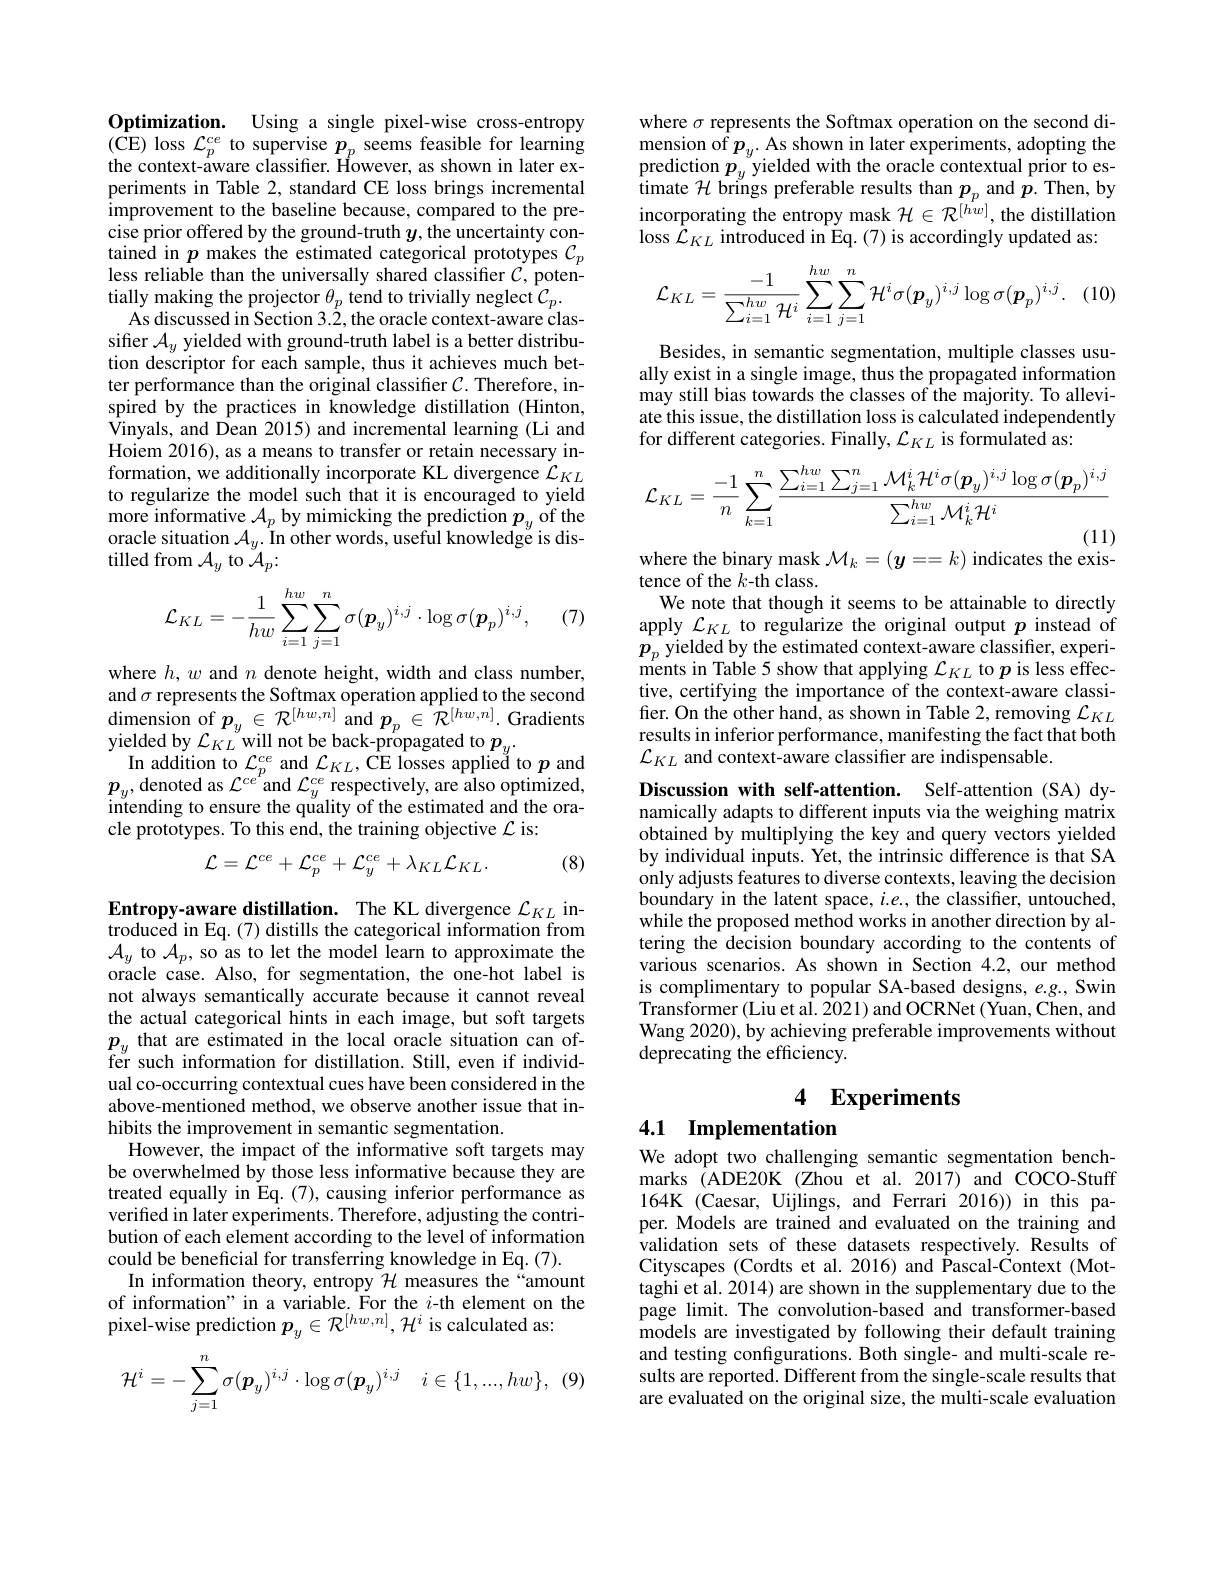
Optimization. Using a single pixel-wise cross-entropy $\begin{array}{l}(\mathrm{CE)~loss~}\mathcal{L}_{p}^{ce}\text{ to supervise }p_{p}\text{ seems feasible for learning}\\\text{the context-aware classifier. However, as shown in later ex-}\end{array}$ periments in Table 2, standard CE loss brings incremental improvement to the baseline because, compared to the precise prior offered by the ground-truth $y$,the uncertainty con-tained inakes the estimated categorical prototypes $\mathcal{C}_p$ less reliable than the universally shared classifier $C$, potentially making the projector $\theta_p$ tend to trivially neglect $\mathcal{C}_p.$
As discussed in Section 3.2,the oracle context-aware classifier $\mathcal{A}_y$ yielded with ground-truth label is a better distribution descriptor for each sample, thus it achieves much better performance than the original classifier $\mathcal{C}.$ Therefore, inspired by the practices in knowledge distillation (Hinton, $\hat{\text{Vinyals, and Dean 2015) and incremental learning (Li and}}$ Hoiem 2016), as a means to transfer or retain necessary information, we additionally incorporate KL divergence $\tilde{\mathcal{L}}_{KL}$ to regularize the model such that it is encouraged to yield $\begin{array}{l}{\mathrm{more~informative~}\mathcal{A}_p\text{ by mimicking the prediction }p_y\text{ of the}}\\{\mathrm{oracle~situation~}\mathcal{A}_y.\text{ In other words, useful knowledge is dis-}}\end{array}$ tilled from $\mathcal{A}_y$ to $\mathcal{A}_p\colon$

(7)
$$\mathcal{L}_{KL}=-\frac{1}{hw}\sum_{i=1}^{hw}\sum_{j=1}^{n}\sigma(\boldsymbol{p}_{y})^{i,j}\cdot\log\sigma(\boldsymbol{p}_{p})^{i,j},$$
where $h,w$ and $n$ denote height, width and class number, and $\sigma$ represents the Softmax operation applied to the second $\begin{array}{l}{\mathrm{dimension~of~}p_{y}\in\mathcal{R}^{[hw,n]}\mathrm{~and~}p_{p}\in\mathcal{R}^{[hw,n]}.\mathrm{~Gradients}}\\{\mathrm{yielded~by~}\mathcal{L}_{KL}\mathrm{~will~not~be~back-propagated~to~}p_{y}.}\end{array}$
In addition to $\mathcal{L}_p^{ce}$ and $\mathcal{L}_KL$, CE losses applied to $p$ and $\boldsymbol{p}_{y}$,denoted as $\mathcal{L}^{ce^{r}}$and $\mathcal{L}_y^{ce}$ respectively, are also optimized, intending to ensure the quality of the estimated and the oracle prototypes. To this end, the training objective $\mathcal{L}$ is:
$$\mathcal{L}=\mathcal{L}^{ce}+\mathcal{L}_{p}^{ce}+\mathcal{L}_{y}^{ce}+\lambda_{KL}\mathcal{L}_{KL}.$$
(8)

Entropy-aware distillation. The KL divergence $\mathcal{L}_{KL}$ introduced in Eq.(7) distills the categorical information from $\begin{array}{l}{\mathcal{A}_{y}\text{ to }\mathcal{A}_{p},\text{so as to let the model learn to approximate the}}\\{\mathrm{oracle~case.~Also,~for~segmentation,~the~one-hot~label~is}}\end{array}$ not always semantically accurate because it cannot reveal the actual categorical hints in each image, but soft targets $\begin{array}{l}p_y&\text{that are estimated in the local oracle situation can of-}\\\text{fer such information for distillation. Still, even if individ-}\end{array}$ ual co-occurring contextual cues have been considered in the above-mentioned method, we observe another issue that inhibits the improvement in semantic segmentation.
However, the impact of the informative soft targets may be overwhelmed by those less informative because they are treated equally in Eq.(7), causing inferior performance as verified in later experiments. Therefore, adjusting the contribution of each element according to the level of information could be beneficial for transferring knowledge in Eq. (7).
In information theory, entropy $\mathcal{H}$ measures the “amount of information" in a variable. For the $i$-th element on the pixel-wise prediction $p_y\in\mathcal{R}^{[hw,n]},\mathcal{H}^i$ is calculated as:
$$\mathcal{H}^i=-\sum_{j=1}^n\sigma(\boldsymbol{p}_y)^{i,j}\cdot\log\sigma(\boldsymbol{p}_y)^{i,j}\quad i\in\{1,...,hw\},$$
where $\sigma$ represents the Softmax operation on the second dimension of $p_{y}.$ As shown in later experiments, adopting the prediction $p_{y}$ yielded with the oracle contextual prior to es- timate $\mathcal{H}$ brings preferable results than $p_{p}$ and $p.$ Then, by incorporating the entropy mask $\mathcal{H} \in \mathcal{}$ loss $\mathcal{L}_KL$ introduced in Eq. (7) is accordingly updated as:
$$\mathcal{L}_{KL}=\frac{-1}{\sum_{i=1}^{hw}\mathcal{H}^{i}}\sum_{i=1}^{hw}\sum_{j=1}^{n}\mathcal{H}^{i}\sigma(\boldsymbol{p}_{y})^{i,j}\log\sigma(\boldsymbol{p}_{p})^{i,j}.$$
Besides, in semantic segmentation, multiple classes usually exist in a single image, thus the propagated information may still bias towards the classes of the majority. To alleviate this issue, the distillation loss is calculated independently for different categories. Finally, $\mathcal{L}_KL$ is formulated as:
$$\mathcal{L}_{KL}=\frac{-1}{n}\sum_{k=1}^{n}\frac{\sum_{i=1}^{hw}\sum_{j=1}^{n}\mathcal{M}_{k}^{i}\mathcal{H}^{i}\sigma(\boldsymbol{p}_{y})^{i,j}\log\sigma(\boldsymbol{p}_{p})^{i,j}}{\sum_{i=1}^{hw}\mathcal{M}_{k}^{i}\mathcal{H}^{i}}$$
$\begin{array}{l}\mathrm{where~the~binary~mask~}\mathcal{M}_{k}=(\boldsymbol{y}==k)\text{ indicates the exis}\\\mathrm{tence~of~the~}k\mathrm{-th~class.}\end{array}$

We note that though it seems to be attainable to directly apply $\mathcal{L}_KL$ to regularize the original output $p$ instead of $\begin{array}{l}p_{p}\text{ yielded by the estimated context-aware classifier, experi-}\\\mathrm{ments~in~Table~5~show~that~applying~}\mathcal{L}_{KL}\text{ to }p\text{ is less effec-}\end{array}$ tive, certifying the importance of the context-aware classifer. On the other hand, as shown in Table 2, removing $\mathcal{L}_KL$ results in inferior performance, manifesting the fact that both $\mathcal{L}_{KL}$ and context-aware classifier are indispensable.

Discussion with self-attention. Self-attention (SA) dynamically adapts to different inputs via the weighing matrix obtained by multiplying the key and query vectors yielded by individual inputs. Yet, the intrinsic difference is that SA only adjusts features to diverse contexts, leaving the decision boundary in the latent space, $i.e.$, the classifier, untouched, while the proposed method works in another direction by altering the decision boundary according to the contents of various scenarios. As shown in Section 4.2, our method is complimentary to popular SA-based designs, e.g., Swin Transformer (Liu et al. 2021) and OCRNet (Yuan, Chen, and Wang 2020), by achieving preferable improvements without deprecating the efficiency.

# 4 Experiments

## 4.1 Implementation

We adopt two challenging semantic segmentation benchmarks (ADE20K (Zhou et al. 2017) and COCO-Stuff 164K (Caesar, Uijlings, and Ferrari 2016)) in this paper. Models are trained and evaluated on the training and ivalidation sets of these datasets respectively. Results of Cityscapes (Cordts et al.2016) and Pascal-Context (Mottaghi et al. 2014) are shown in the supplementary due to the page limit. The convolution-based and transformer-based models are investigated by following their default training and testing configurations. Both single- and multi-scale results are reported. Different from the single-scale results that are evaluated on the original size, the multi-scale evaluation